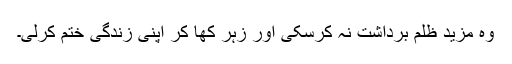
وہ مزید ظلم برداشت نہ کرسکی اور زہر کھا کر اپنی زندگی ختم کرلی۔